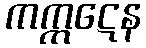
ကက္ကဋေန